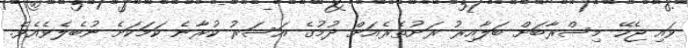
ވައި ޖެހޭ މިސްރާބަށް ބަލާއިރު ރަށުތެރެއަށް ދުމުގެ އަސަރު ކުރާނެ ކަމަކަށެ ނުބެލެވެއެވެ.